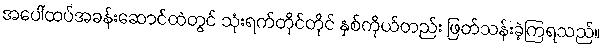
အပေါ်ထပ်အခန်းဆောင်ထဲတွင် သုံးရက်တိုင်တိုင် နှစ်ကိုယ်တည်း ဖြတ်သန်းခဲ့ကြရသည်။